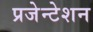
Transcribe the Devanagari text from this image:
प्रजेन्टेशन